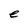
Character: e